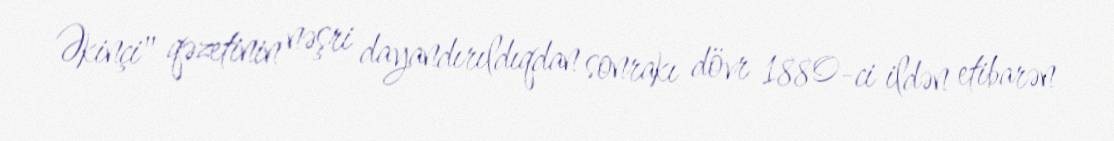
Əkinçi" qəzetinin nəşri dayandırıldıqdan sonrakı dövr 1880-ci ildən etibarən